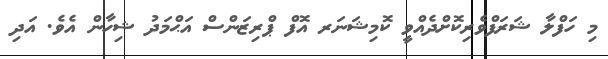
މި ހަފްލާ ޝަރަފްވެރިކޮށްދެއްވީ ކޮމިޝަނަރ އޮފް ޕްރިޒަންސް އަޙްމަދު ޝިހާން އެވެ. އަދި